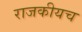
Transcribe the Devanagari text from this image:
राजकीयच